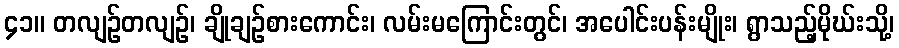
၄၁။ တလျဉ်တလျဉ်၊ ချိုချဉ်စားကောင်း၊ လမ်းမကြောင်းတွင်၊ အပေါင်းပန်းမျိုး၊ ရွာသည့်မိုဃ်းသို့၊